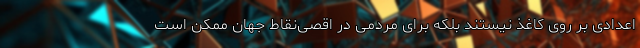
اعدادی بر روی کاغذ نیستند بلکه برای مردمی در اقصی‌نقاط جهان ممکن است